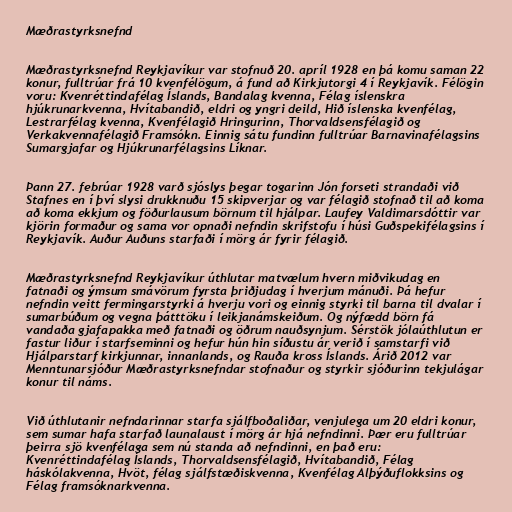
Mæðrastyrksnefnd

Mæðrastyrksnefnd Reykjavíkur var stofnuð 20. apríl 1928 en þá komu saman 22
konur, fulltrúar frá 10 kvenfélögum, á fund að Kirkjutorgi 4 í Reykjavík. Félögin
voru: Kvenréttindafélag Íslands, Bandalag kvenna, Félag íslenskra
hjúkrunarkvenna, Hvítabandið, eldri og yngri deild, Hið íslenska kvenfélag,
Lestrarfélag kvenna, Kvenfélagið Hringurinn, Thorvaldsensfélagið og
Verkakvennafélagið Framsókn. Einnig sátu fundinn fulltrúar Barnavinafélagsins
Sumargjafar og Hjúkrunarfélagsins Líknar.

Þann 27. febrúar 1928 varð sjóslys þegar togarinn Jón forseti strandaði við
Stafnes en í því slysi drukknuðu 15 skipverjar og var félagið stofnað til að koma
að koma ekkjum og föðurlausum börnum til hjálpar. Laufey Valdimarsdóttir var
kjörin formaður og sama vor opnaði nefndin skrifstofu í húsi Guðspekifélagsins í
Reykjavík. Auður Auðuns starfaði í mörg ár fyrir félagið.

Mæðrastyrksnefnd Reykjavíkur úthlutar matvælum hvern miðvikudag en
fatnaði og ýmsum smávörum fyrsta þriðjudag í hverjum mánuði. Þá hefur
nefndin veitt fermingarstyrki á hverju vori og einnig styrki til barna til dvalar í
sumarbúðum og vegna þátttöku í leikjanámskeiðum. Og nýfædd börn fá
vandaða gjafapakka með fatnaði og öðrum nauðsynjum. Sérstök jólaúthlutun er
fastur liður í starfseminni og hefur hún hin síðustu ár verið í samstarfi við
Hjálparstarf kirkjunnar, innanlands, og Rauða kross Íslands. Árið 2012 var
Menntunarsjóður Mæðrastyrksnefndar stofnaður og styrkir sjóðurinn tekjulágar
konur til náms.

Við úthlutanir nefndarinnar starfa sjálfboðaliðar, venjulega um 20 eldri konur,
sem sumar hafa starfað launalaust í mörg ár hjá nefndinni. Þær eru fulltrúar
þeirra sjö kvenfélaga sem nú standa að nefndinni, en það eru:
Kvenréttindafélag Íslands, Thorvaldsensfélagið, Hvítabandið, Félag
háskólakvenna, Hvöt, félag sjálfstæðiskvenna, Kvenfélag Alþýðuflokksins og
Félag framsóknarkvenna.